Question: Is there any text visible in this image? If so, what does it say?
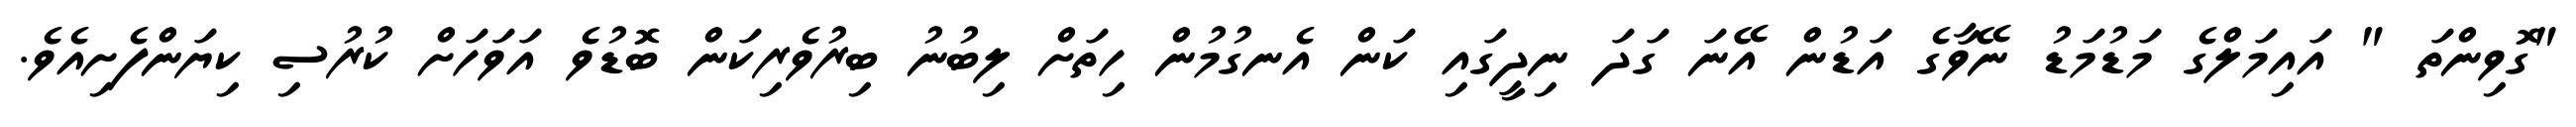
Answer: "ގޮވިންތަ " އައިމަލްގެ މަޑުމަޑު ނޭވާގެ އަޑުން އޭނަ ގަދަ ނިދީގައި ކަން އެނގުމުން ހިތަށް ލިބުނު ބިރުވެރިކަން ބޮޑުވެ އަވަހަށް ކުރުސި ކިޔަންފެށިއެވެ.